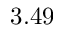
3 . 4 9